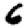
Digit: 6